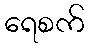
ရေစက်